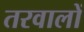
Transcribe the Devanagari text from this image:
तरवालों